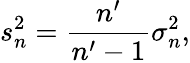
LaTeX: s_{n}^{2}={\frac{n^{\prime}}{n^{\prime}-1}}\sigma_{n}^{2},